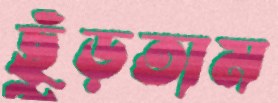
ছুঁড়তাম